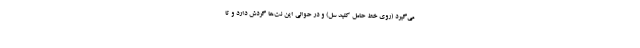
می‌گیرد (روی خط حامل کلید سل) و در حوالی این نت‌ها گردش دارد و تا